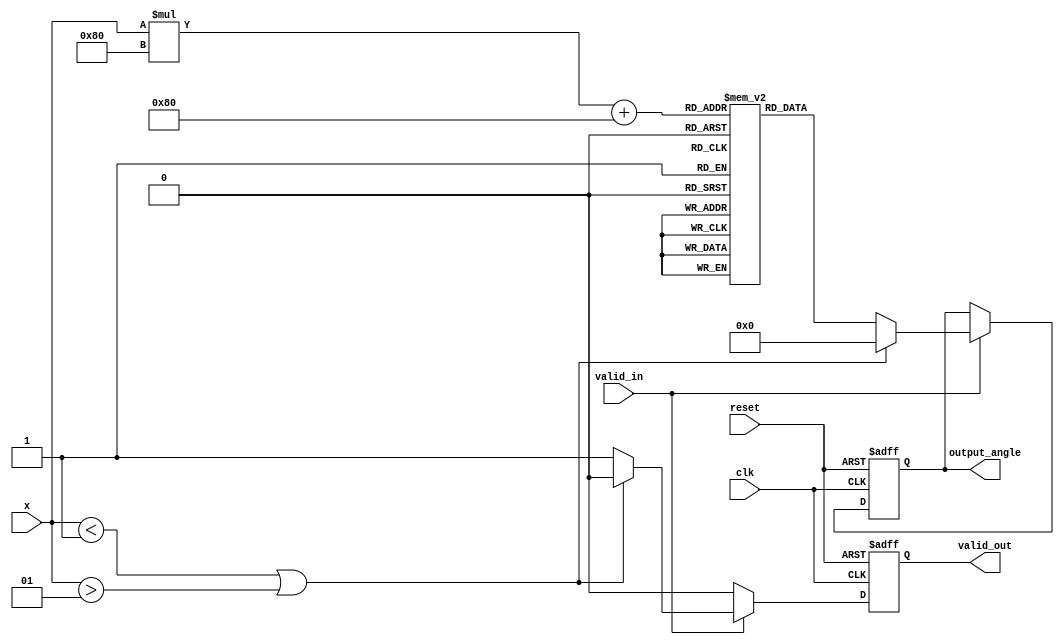
module acos_block (
    input wire clk,
    input wire reset,
    input wire valid_in,
    input wire signed [N-1:0] x,  // Input: normalized value in fixed-point format
    output reg valid_out,
    output reg signed [M-1:0] output_angle // Output: angle in fixed-point format
);
    parameter N = 16;  // Input width (bits)
    parameter M = 16;  // Output width (bits)

    // Lookup table for acos values; can be expanded for better precision
    reg signed [M-1:0] acos_lut[0:255]; // LUT for 256 entries
    initial begin
        // Initialize Lookup Table with predefined acos values (in fixed-point format)
        // The values need to be pre-calculated and stored here
        // Example values (in radians) for demonstration; you would fill this according to your requirements
        acos_lut[0]   = 3.1416;  // acos(-1)
        acos_lut[1]   = 3.1416 * (1/256); // Example values
        // Fill other values...
        acos_lut[255] = 0;       // acos(1)
    end

    reg [7:0] index;  // Index for LUT use
    reg signed [M-1:0] result;  // Temporary result

    always @(posedge clk or posedge reset) begin
        if (reset) begin
            valid_out <= 0;
            output_angle <= 0;
            index <= 0;
            result <= 0;
        end else begin
            if (valid_in) begin
                if (x < -1 || x > 1) begin
                    // Handle error case: input out of range
                    output_angle <= 0; // or handle error accordingly
                    valid_out <= 0;
                end else begin
                    // Normalize input to range for LUT access, for demo we assume it's correctly normalized
                    index = (x * 128 + 128); // Map from [-1,1] to [0,255]

                    // Lookup the arco value from LUT
                    result = acos_lut[index];

                    // Set output
                    output_angle <= result;
                    valid_out <= 1;
                end
            end else begin
                valid_out <= 0; // Indicate no valid output if no valid input
            end
        end
    end
endmodule